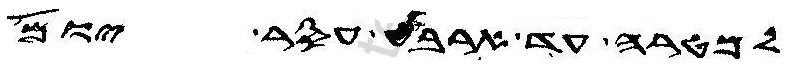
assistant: למטרה עד ארבע עסר יום